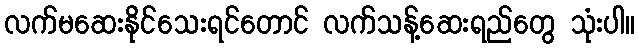
လက်မဆေးနိုင်သေးရင်တောင် လက်သန့်ဆေးရည်တွေ သုံးပါ။